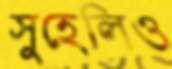
সুহেলিও